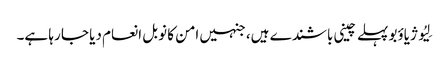
لِیُو ژیاؤبو پہلے چینی باشندے ہیں، جنہیں امن کا نوبل انعام دیا جا رہا ہے۔